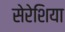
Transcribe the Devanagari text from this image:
सेरेशिया